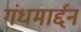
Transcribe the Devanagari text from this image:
गंधमार्द्दन